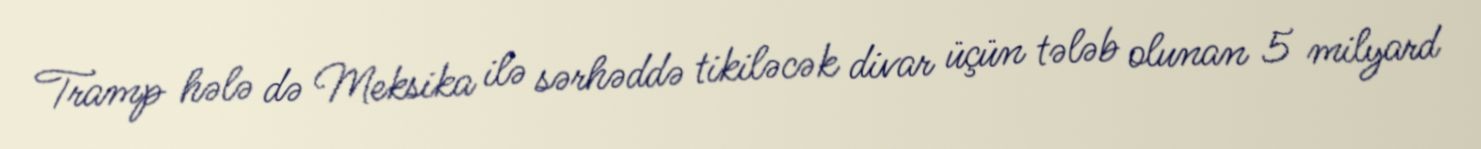
Tramp hələ də Meksika ilə sərhəddə tikiləcək divar üçün tələb olunan 5 milyard